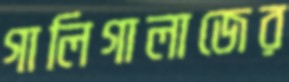
গালিগালাজের